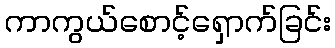
ကာကွယ်စောင့်ရှောက်ခြင်း